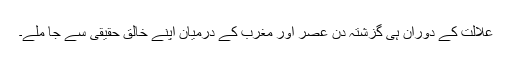
علالت کے دوران ہی گزشتہ دن عصر اور مغرب کے درمیان اپنے خالق حقیقی سے جا ملے۔